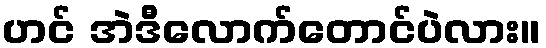
ဟင် အဲဒီလောက်တောင်ပဲလား။